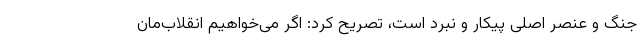
جنگ و عنصر اصلی پیکار و نبرد است، تصریح کرد: اگر می‌خواهیم انقلاب‌مان